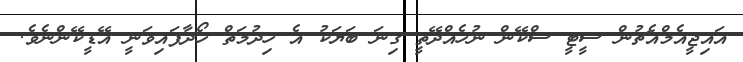
އައިޖީއެމްއެޗުން ސީޓީ ސްކޭން ނުހެއްދޭތީ ގިނަ ބަޔަކު އެ ހިދުމަތް ހޯދާފައިވަނީ އޭޑީކޭންނެވެ.